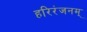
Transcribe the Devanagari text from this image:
हरिरंजनम्